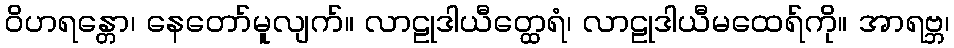
ဝိဟရန္တော၊ နေတော်မူလျက်။ လာဠုဒါယီတ္ထေရံ၊ လာဠုဒါယီမထေရ်ကို။ အာရဗ္ဘ၊